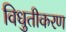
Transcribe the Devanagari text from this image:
विधुतीकरण